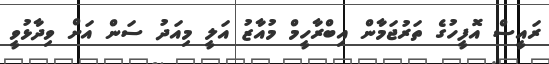
ރައީސް އޮފީހުގެ ތަރުޖަމާން އިބްރާހީމް މުއާޒު އަލީ މިއަދު ސަން އަށް ވިދާޅުވީ